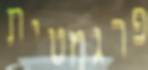
פרגמטית